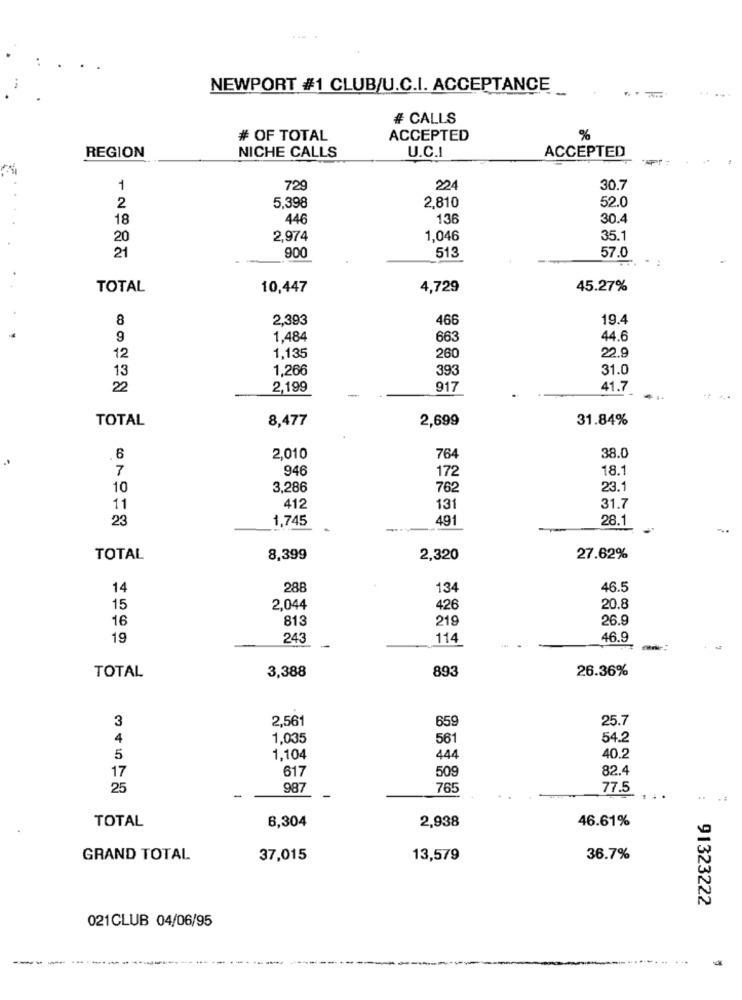
NEWPORT #1 CLUB/U.C.I. ACCEPTANCE
# CALLS
# OF TOTAL
ACCEPTED
%
REGION
ACCEPTED
NICHE CALLS
U.C.I
1
729
224
30.7
2
5,398
2,810
52.0
18
446
136
30.4
20
2,974
1,046
35.1
21
900
513
57.0
TOTAL
10,447
4,729
45.27%
8
2,393
466
19.4
9
1,484
663
44.6
1,135
12
260
22.9
13
1,266
39
31.0
22
2,199
917
41.7
TOTAL
8,477
2,699
31.84%
6
2,010
764
38.0
7
946
172
18.1
10
3,286
762
23.1
11
412
131
31.7
23
1,745
491
28.1
TOTAL
8,399
2,320
27.62%
14
288
134
46.5
15
2,044
426
20.8
16
813
219
26.9
19
243
114
46.9
3,388
893
26.36%
TOTAL
3
2,561
25.7
659
4
1,035
561
54.2
5
1,104
444
40.2
17
617
509
82.4
25
987
765
77.5
TOTAL
2,938
46.61%
6,304
GRAND TOTAL
37,015
13,579
36.7%
91323222
021CLUB 04/06/95